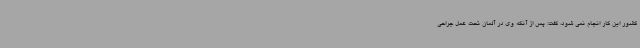
کشور این کار انجام نمی شود، گفت: پس از آنکه وی در آلمان تحت عمل جراحی